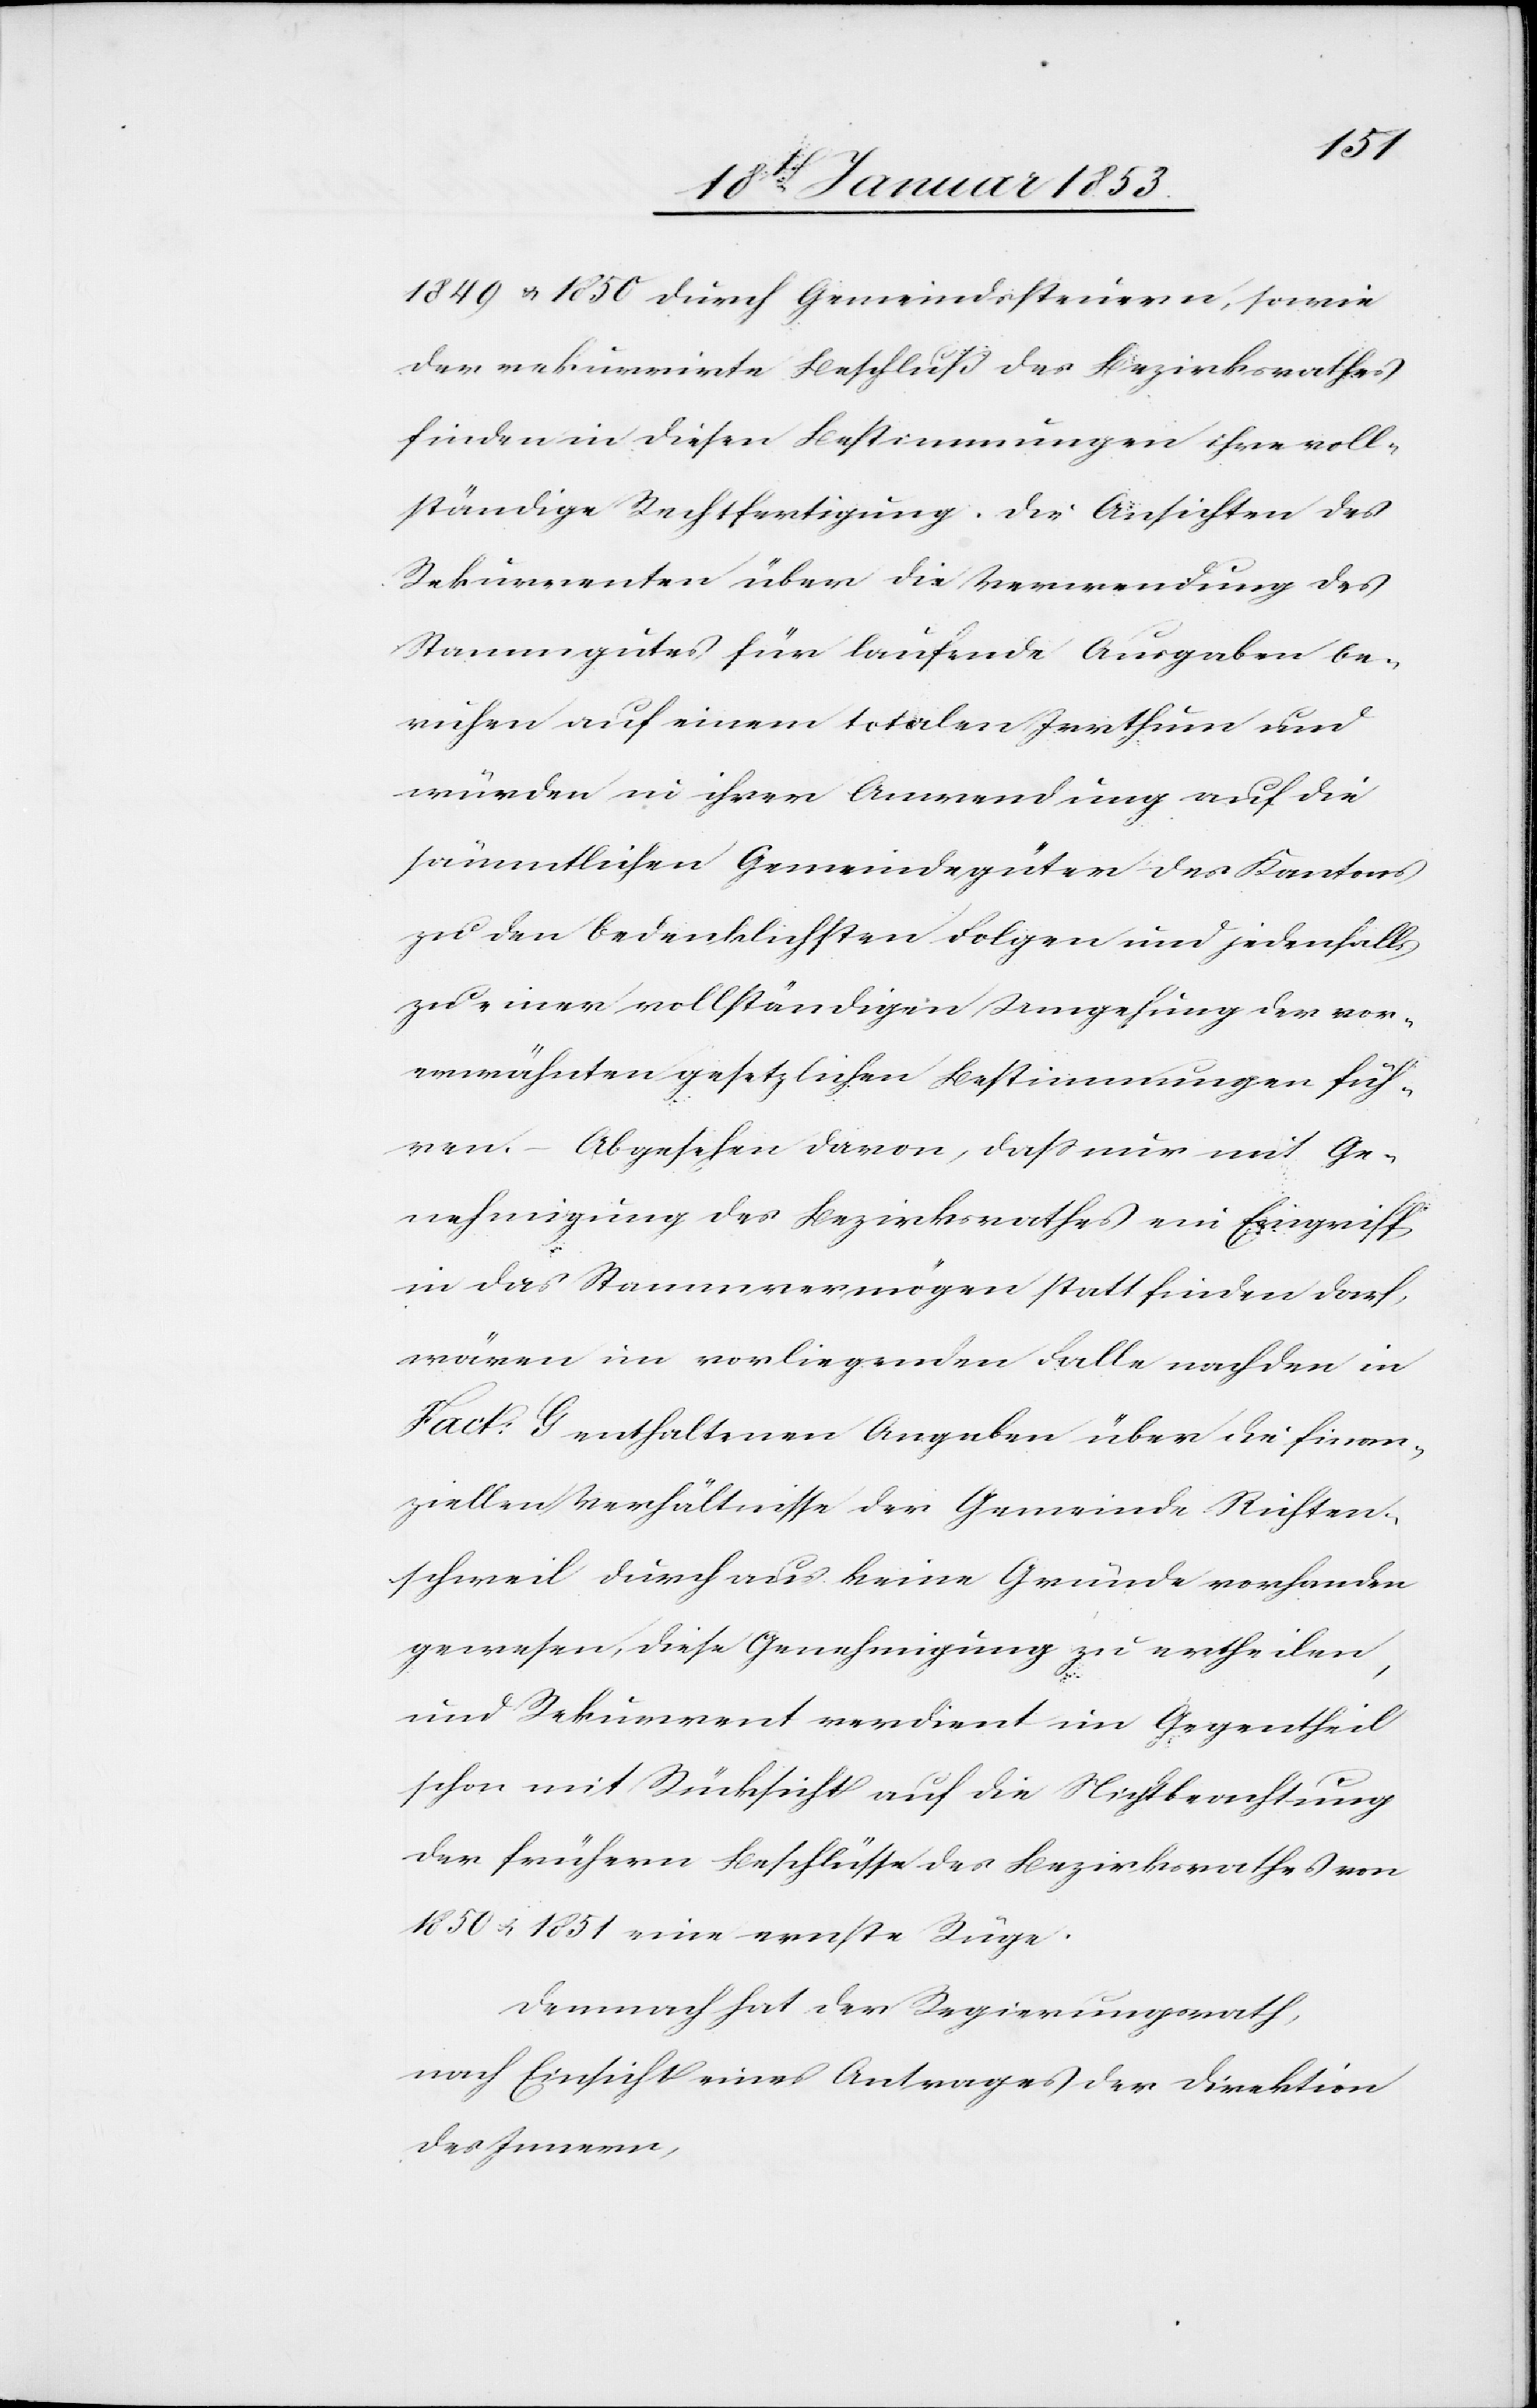
1849 u. 1850 durch Gemeindssteuern, sowie
der rekurrirte Beschluß des Bezirksrathes
finden in diesen Bestimmungen ihre voll¬
ständige Rechtfertigung. Die Ansichten des
Rekurrenten über die Verwendung des
Stammgutes für laufende Ausgaben be¬
ruhen auf einem totalen Irrthum und
würden in ihrer Anwendung auf die
sämmtlichen Gemeindgüter des Kantons
zu den bedenklichsten Folgen und jedenfalls
zu einer vollständigen Umgehung der vor¬
erwähnten gesetzlichen Bestimmungen füh¬
ren. – Abgesehen davon, daß nur mit Ge¬
nehmigung des Bezirksrathes ein Eingriff
in das Stammesvermögen statt finden darf,
wären im vorliegenden Falle nach den in
Fact: G enthaltenen Angaben über die finan¬
ziellen Verhältnisse der Gemeinde Richter¬
schweil durchaus keine Gründe vorhanden
gewesen, diese Genehmigung zu ertheilen,
und Rekurrent verdient im Gegentheil
schon mit Rücksicht auf die Nichtbeachtung
der frühern Beschlüsse des Bezirksrathes von
1850 u. 1851 eine erste Rüge.
Demnach hat der Regierungsrath,
nach Einsicht eines Antrages der Direktion
des Innern